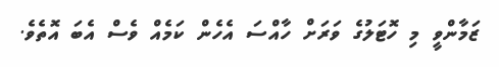
ޒަމާންވީ މި ހޮޓަލުގެ ވަރަށް ހާއްސަ އެހެން ކަމެއް ވެސް އެބަ އޮތެވެ.